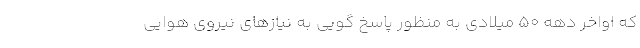
که اواخر دهه 50 میلادی به منظور پاسخ گویی به نیازهای نیروی هوایی